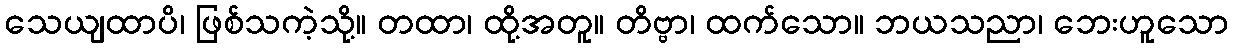
သေယျထာပိ၊ ဖြစ်သကဲ့သို့။ တထာ၊ ထို့အတူ။ တိဗ္ဗာ၊ ထက်သော။ ဘယသညာ၊ ဘေးဟူသော